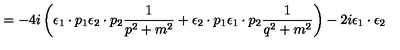
= - 4 i \left( { \epsilon } _ { 1 } \cdot p _ { 1 } { \epsilon } _ { 2 } \cdot p _ { 2 } \frac { 1 } { p ^ { 2 } + m ^ { 2 } } + { \epsilon } _ { 2 } \cdot p _ { 1 } { \epsilon } _ { 1 } \cdot p _ { 2 } \frac { 1 } { q ^ { 2 } + m ^ { 2 } } \right) - 2 i { \epsilon } _ { 1 } \cdot { \epsilon } _ { 2 }